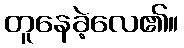
တူနေခဲ့လေ၏။